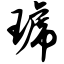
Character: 琥